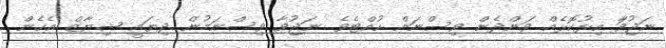
ނަޖުވަާ އިޅުކޮޅެއް ވަންދެން ވިސްނަން ހުއްޓެވެ. ނަޖުވާ ވިސްނަމުން ދިޔައީ ޝިޔާޒް އެހެން